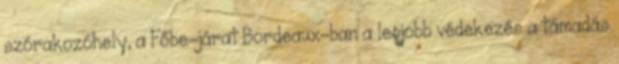
szórakozóhely, a Főbe-járat Bordeaux-ban a legjobb védekezés a támadás